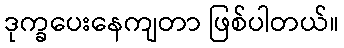
ဒုက္ခပေးနေကျတာ ဖြစ်ပါတယ်။